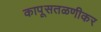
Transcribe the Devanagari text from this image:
कापूसतळणीकर